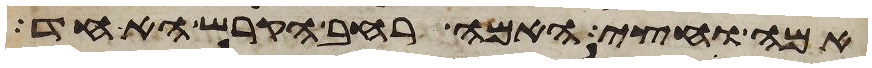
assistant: אמה וחצי האמה רחב הקרש האחד